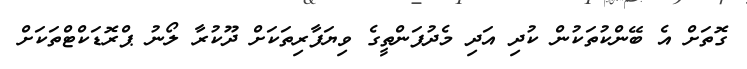
ގޮތަށް އެ ބޭންކުތަކުން ކުދި އަދި މެދުފަންތީގެ ވިޔަފާރިތަކަށް ދޫކުރާ ލޯނު ޕްރޮޑަކްޓްތަކަށް